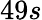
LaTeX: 49s